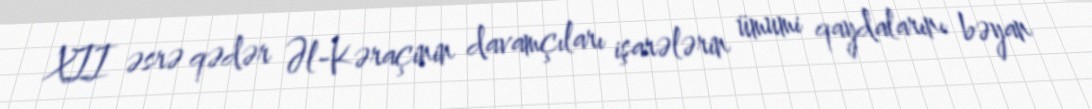
XII əsrə qədər Əl-Kəraçinin davamçıları işarələrin ümumi qaydalarını bəyan